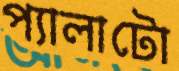
প্যালাটো